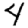
Digit: 4